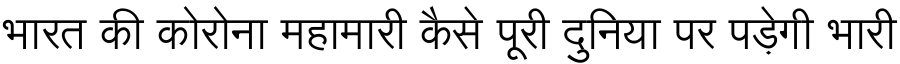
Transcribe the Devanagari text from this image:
भारत की कोरोना महामारी कैसे पूरी दुनिया पर पड़ेगी भारी